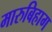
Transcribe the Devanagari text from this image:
मारुबिहाग